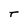
Character: T